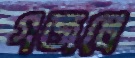
গজলে